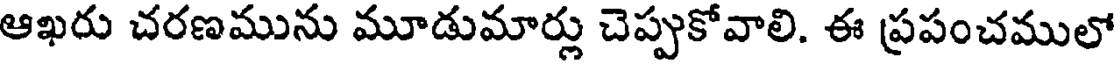
ఆఖరు చరణమును మూడుమార్లు చెప్పుకోవాలి. ఈ ప్రపంచములో